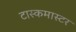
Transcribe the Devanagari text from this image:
टास्कमास्टर